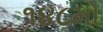
૧૪૮મો